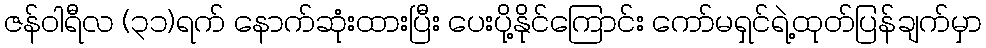
ဇန်ဝါရီလ (၃၁)ရက် နောက်ဆုံးထားပြီး ပေးပို့နိုင်ကြောင်း ကော်မရှင်ရဲ့ထုတ်ပြန်ချက်မှာ